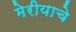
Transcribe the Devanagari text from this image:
मेरीयाचे